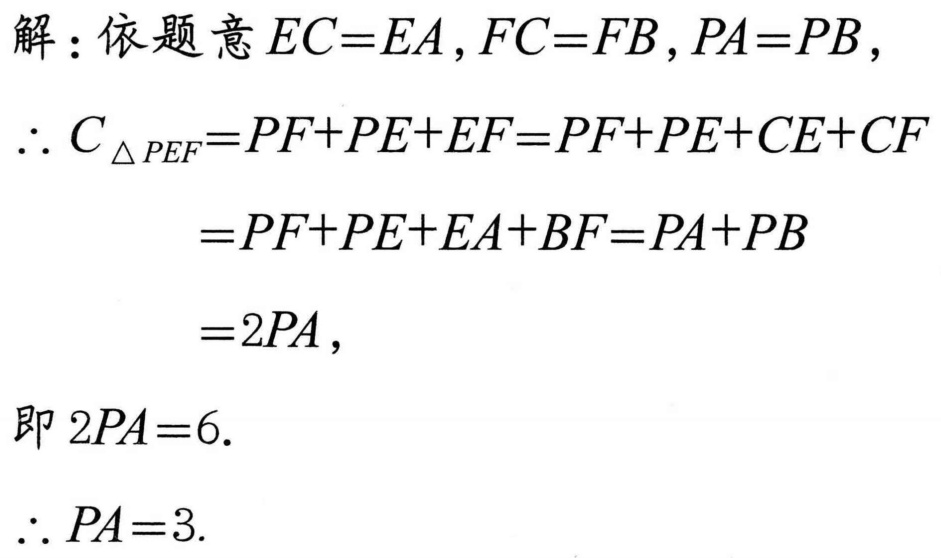
解：依题意\(EC = EA\), \(FC = FB\), \(PA = PB\)，
\(\therefore C_{\triangle PEF}=PF + PE+EF = PF + PE + CE + CF\)
\(=PF + PE + EA + BF=PA + PB\)
\(=2PA\)，
即 \(2PA = 6\).
\(\therefore PA = 3\).